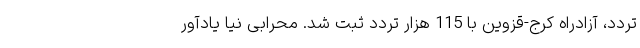
تردد، آزادراه کرج-قزوین با 115 هزار تردد ثبت شد. محرابی نیا یادآور